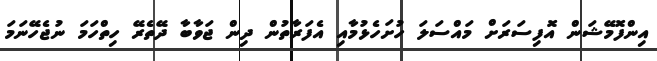
އިންފޮމޭޝަން އޮފިސަރަށް މައްސަލަ ހުށަހެޅުމާއި އެފަރާތުން ދިން ޖަވާބާ ދޭތެރޭ ހިތްހަމަ ނުޖެހޭނަމަ